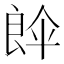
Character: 𮎘